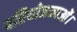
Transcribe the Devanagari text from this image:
परियोजनाओं।